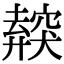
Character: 𥨜